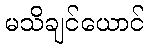
မသိချင်ယောင်